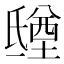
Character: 𣱑